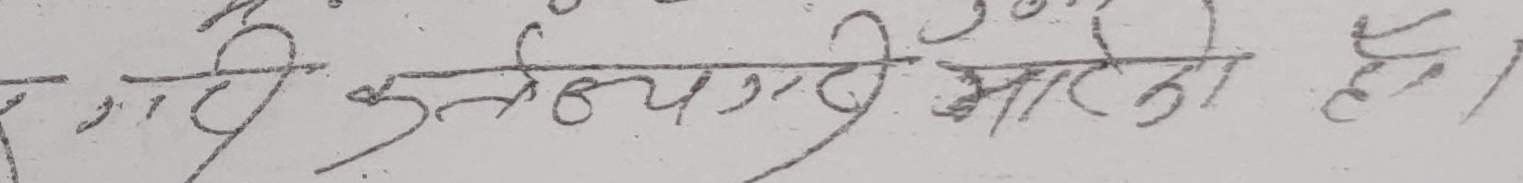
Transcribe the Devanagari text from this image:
कमी कुलांयगारे आरो है।